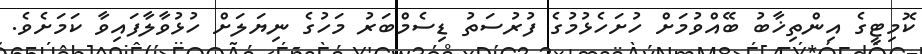
ކޮމިޓީގެ އިންތިޚާބު ބޭއްވުމަށް ހުށަހެޅުމުގެ ފުރުސަތު ޑިސެމްބަރު މަހުގެ ނިޔަލަށް ހުޅުވާލާފައިވާ ކަމަށެވެ.